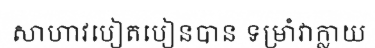
សាហាវបៀតបៀនបាន ទម្រាំវាក្លាយ